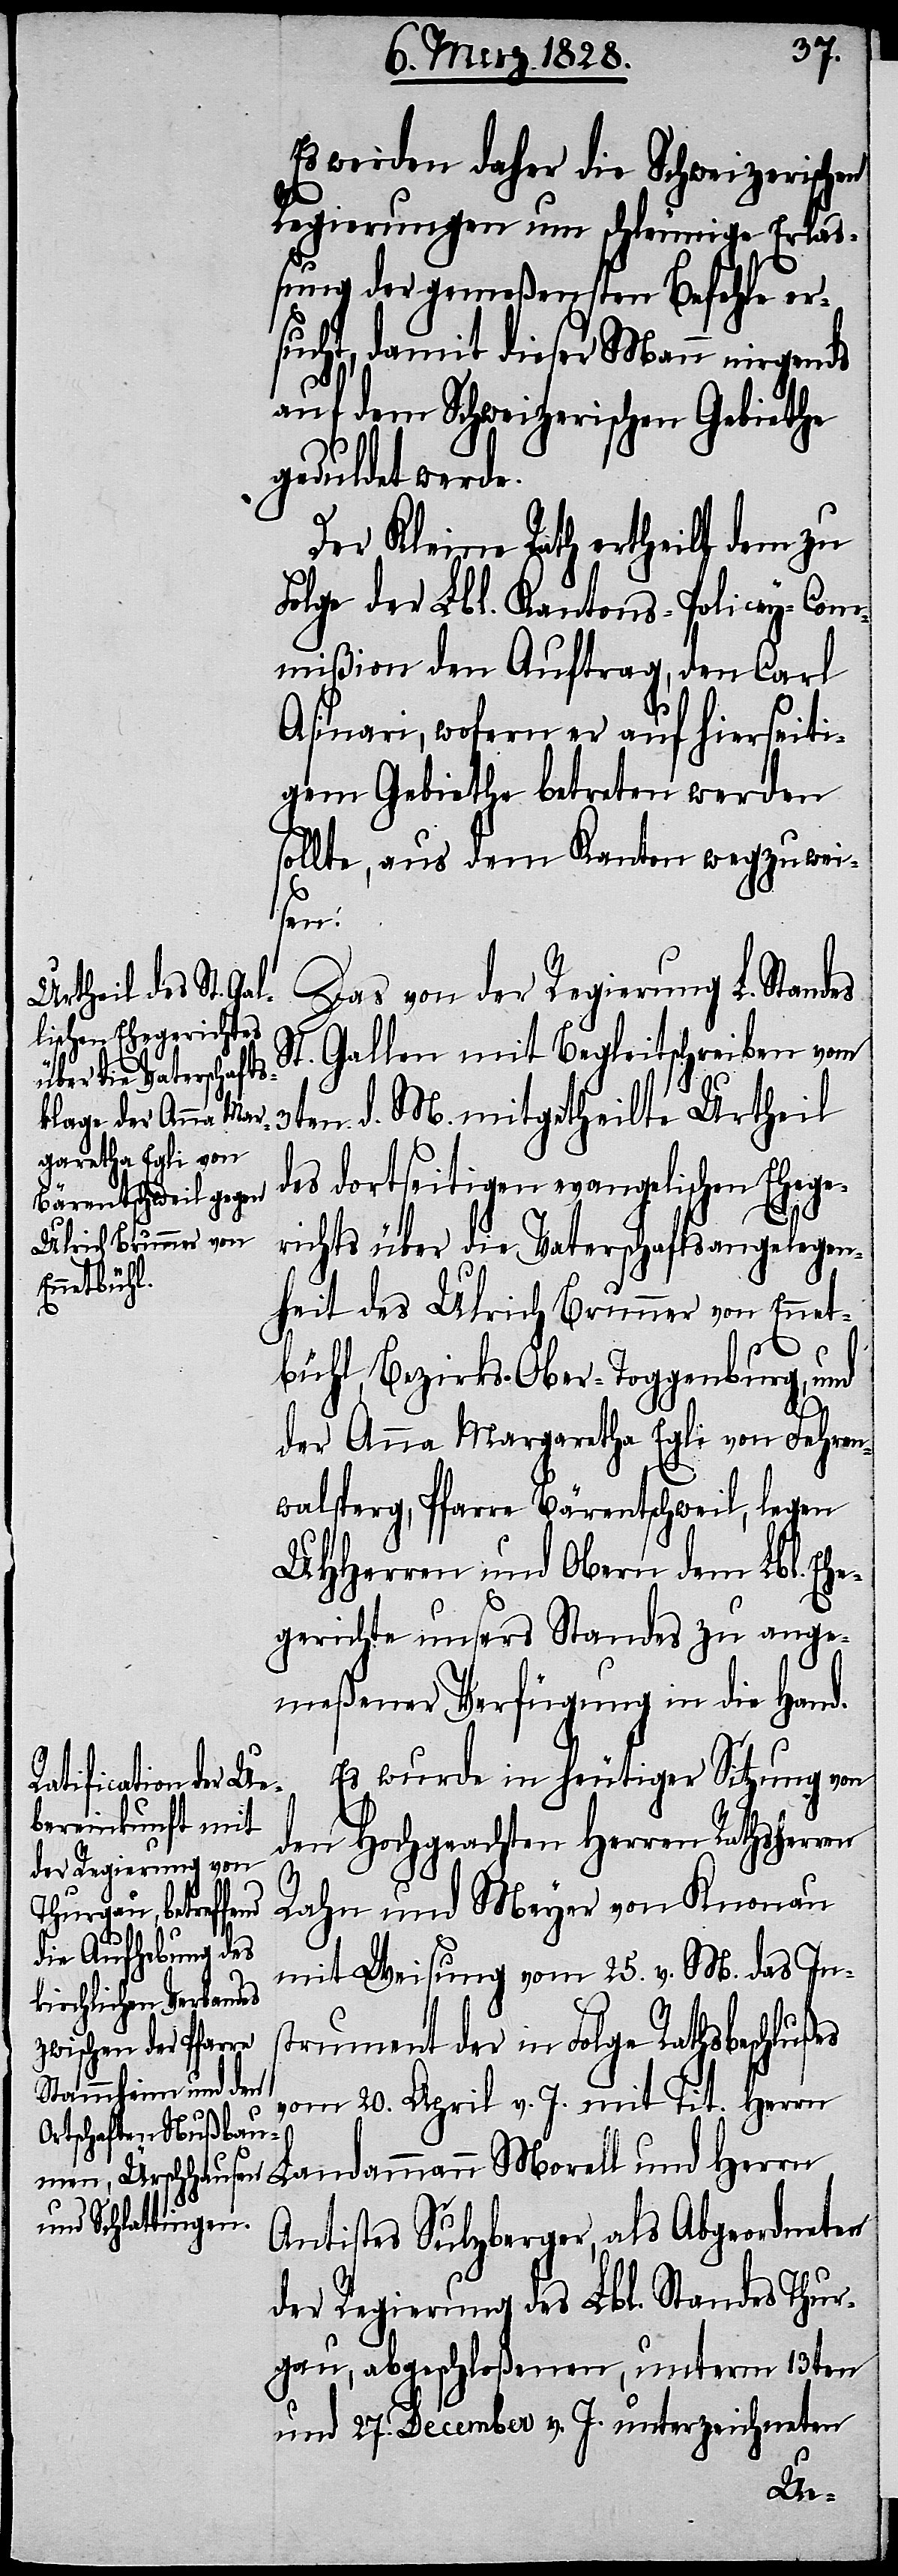
Es werden daher die Schweizerischen
Regierungen um schleunige Erla¬
ßung der gemeßensten Befehle er¬
sucht, damit dieser Mann nirgends
auf dem Schweizerischen Gebiethe
geduldet werde.
Der Kleine Rath ertheilt dem zu
Folge der Lbl. Kantons-Policey-Com¬
mißion den Auftrag, den Carl
Asinari, wofern er auf hierseiti¬
gem Gebiethe betreten werden
sollte, aus dem Kanton wegzuwei¬
sen.
Das von der Regierung L. Standes
St. Gallen mit Begleitschreiben vom
3ten d. M. mitgetheilte Urtheil
des dortseitigen evangelischen Ehege¬
richts über die Vaterschaftsangelegen¬
heit des Ulrich Brunner von Ennet¬
bühl, Bezirks-Ober-Toggenburg, und
der Anna Margaretha Egli von Fehren¬
walsperg, Pfarre Bärentschweil, legen
UHHerren und Obern dem Lbl. Ehe¬
gerichte unsers Standes zu ange¬
meßener Verfügung in die Hand.
Es wurde in heutiger Sitzung von
den Hochgeachten Herren Rathsherren
Rahn und Meyer von Knonau
mit Weisung vom 25. v. M. das In¬
strument der in Folge Rathsbeschlußes
vom 20. April v. J. mit Tit. Herrn
Landammann Morell und Herrn
Antistes Sulzberger, als Abgeordneten
der Regierung des Lbl. Standes Thur¬
gau, abgeschloßenen, unterm 13ten
und 27. December v. J. unterzeichneten